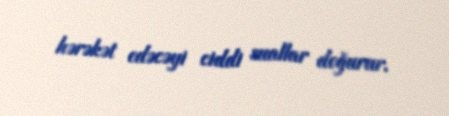
hərəkət edəcəyi ciddi suallar doğurur.